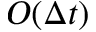
O ( \Delta t )